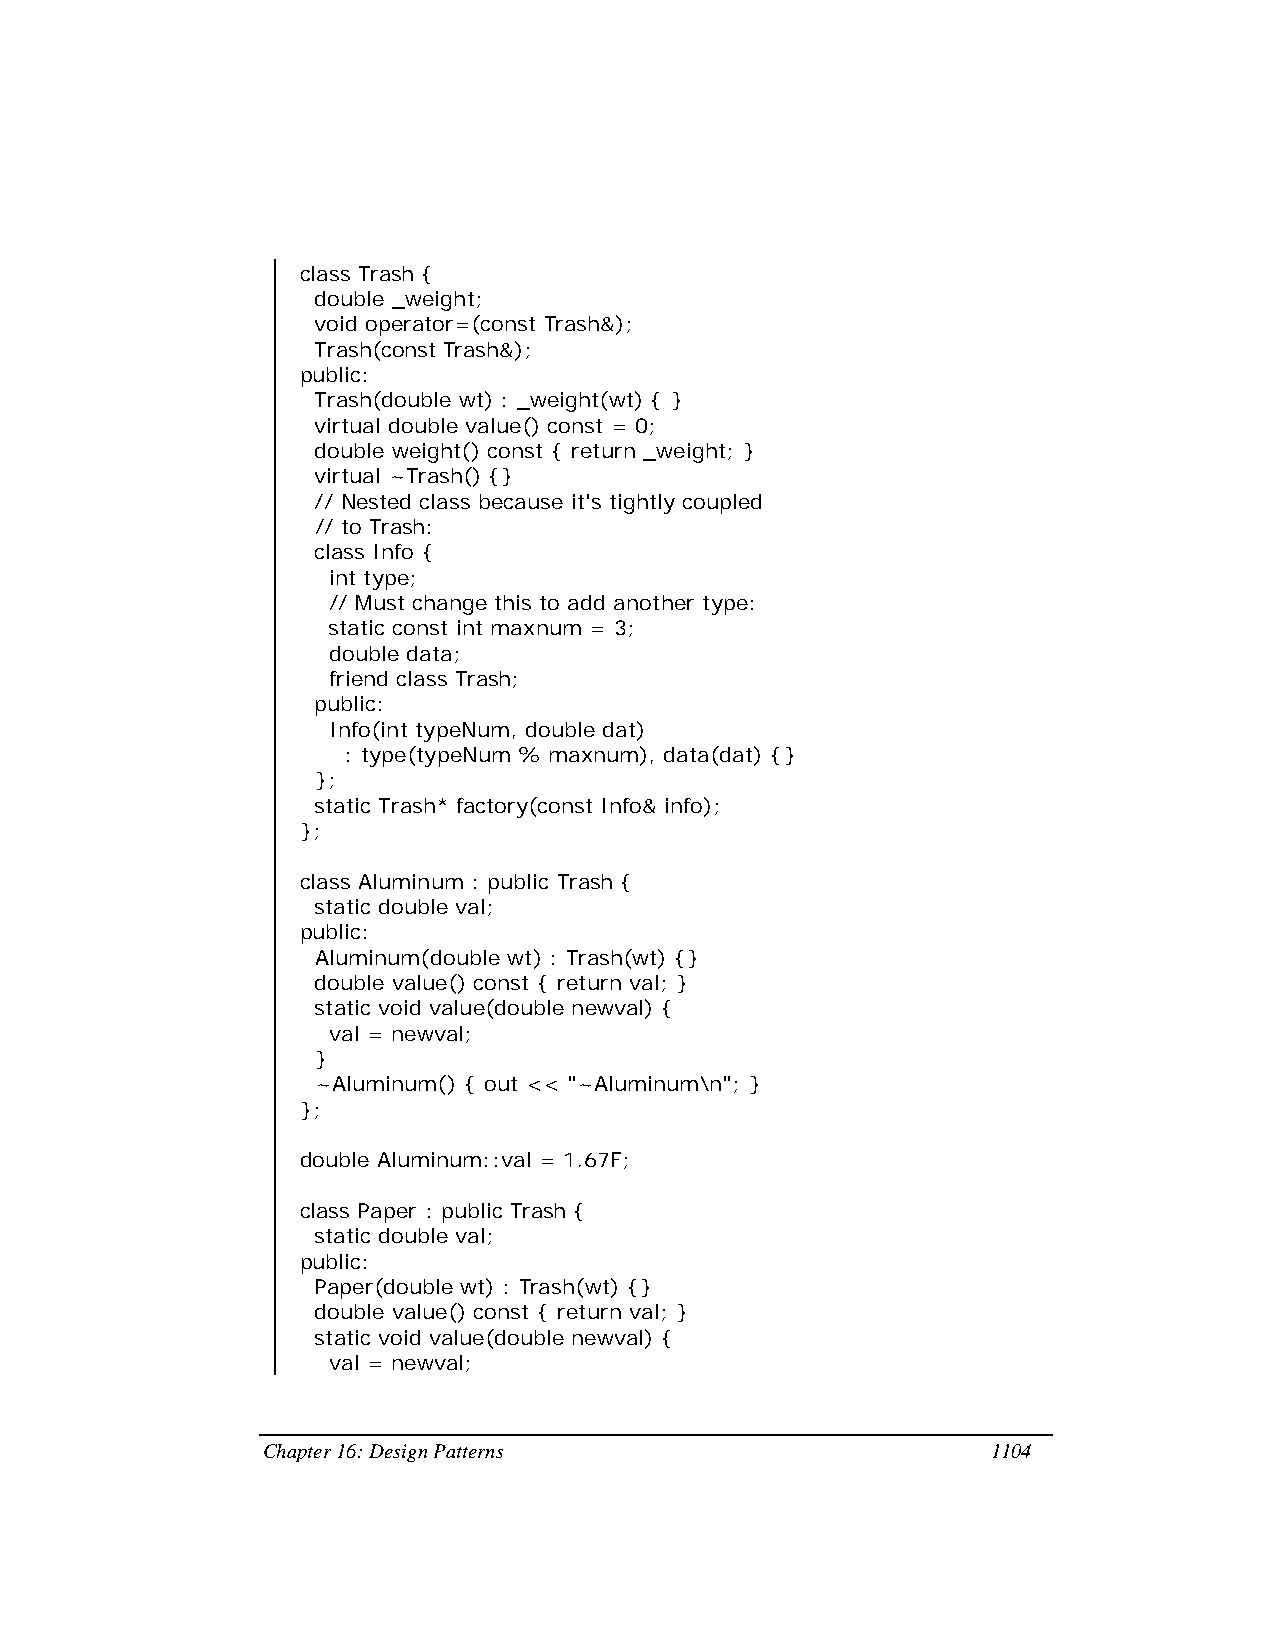
class Trash {
 double _weight;
 void operator=(const Trash&);
 Trash(const Trash&);
 public:
 Trash(double wt) : _weight(wt) { }
 virtual double value() const = 0;
 double weight() const { return _weight; }
 virtual ~Trash() {}
 // Nested class because it's tightly coupled
 // to Trash:
 class Info {
 int type;
 // Must change this to add another type:
 static const int maxnum = 3;
 double data;
 friend class Trash;
 public:
 Info(int typeNum, double dat)
 : type(typeNum % maxnum), data(dat) {}
 };
 static Trash* factory(const Info& info);
 };
 class Aluminum : public Trash {
 static double val;
 public:
 Aluminum(double wt) : Trash(wt) {}
 double value() const { return val; }
 static void value(double newval) {
 val = newval;
 }
 ~Aluminum() { out << "~Aluminum\n"; }
 };
 double Aluminum::val = 1.67F;
 class Paper : public Trash {
 static double val;
 public:
 Paper(double wt) : Trash(wt) {}
 double value() const { return val; }
 static void value(double newval) {
 val = newval;
 Chapter 16: Design Patterns                      1104